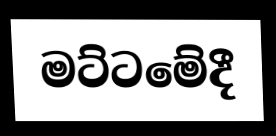
මට්ටමේදී